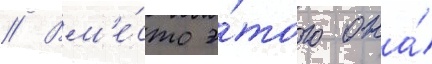
// Вм'е́сто э́того она́